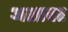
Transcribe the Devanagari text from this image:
अशावर